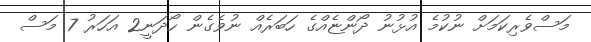
މަސްވެރިކަމަށް ނުކުމެ އުޅުނު ދޯންޏެއްގެ ހަބަރެއް ނުވެގެން ހޯދަނީ2 އަހަރު 7 މަސް